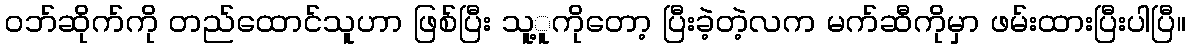
ဝဘ်ဆိုက်ကို တည်ထောင်သူဟာ ဖြစ်ပြီး သူ့ူကိုတော့ ပြီးခဲ့တဲ့လက မက်ဆီကိုမှာ ဖမ်းထားပြီးပါပြီ။